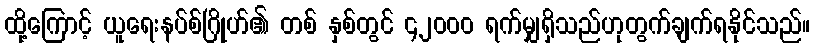
ထို့ကြောင့် ယူရေးနပ်စ်ဂြိုဟ်၏ တစ် နှစ်တွင် ၄၂၀၀၀ ရက်မျှရှိသည်ဟုတွက်ချက်ရနိုင်သည်။